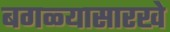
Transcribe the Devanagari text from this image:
बगळ्यासारखे